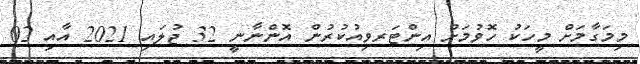
މިމަގާމަށް މީހަކު ހޮވުމަށް އިންޓަރވިއުކުރުން އޮންނާނީ 32 ޖުލައި 2021 އާއި 02